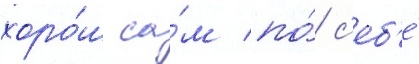
хоро́ш са́м по́ с'еб'е́